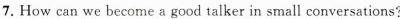
7. How can we become a good talker in small conversations?